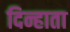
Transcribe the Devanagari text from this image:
दिन्हाता